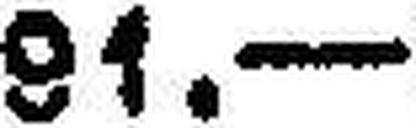
91.—